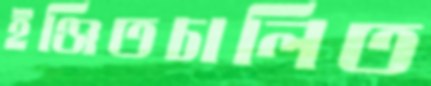
ইঞ্জিতচালিত